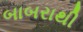
બાબરાથી